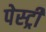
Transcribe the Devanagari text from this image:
पेस्‍ट्री